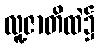
လူ့ဇာတိထဲ၌